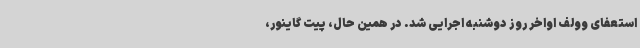
استعفای وولف اواخر روز دوشنبه اجرایی شد. در همین حال، پیت گاینور،